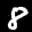
Label: 8